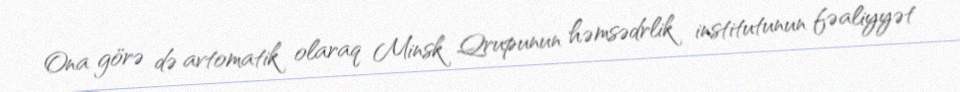
Ona görə də avtomatik olaraq Minsk Qrupunun həmsədrlik institutunun fəaliyyət